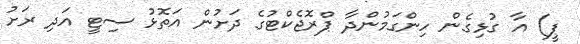
ޕީ) އާ ގުޅިގެން ހިންގަމުންދާ ޕްރޮޖެކްޓުގެ ދަށުން އަތޮޅު ސިޓީ އަދި ރަށު